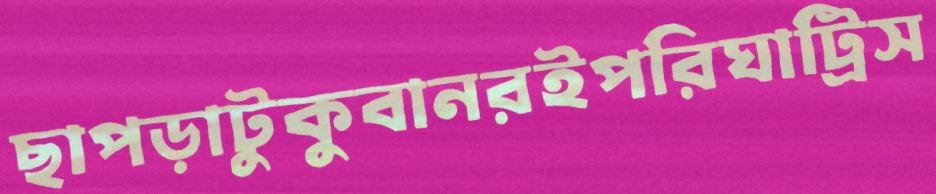
ছাপড়াটুকুবানরইপরিঘাট্রিস